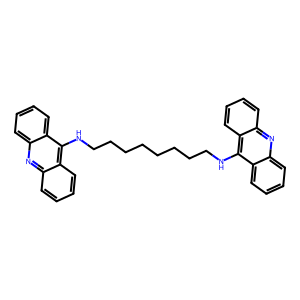
SMILES: c1ccc2c(NCCCCCCCCNc3c4ccccc4nc4ccccc34)c3ccccc3nc2c1
Inhibits HIV replication: No